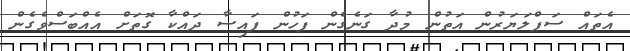
އެތައް ސަޕްލަޔަރުން އަތުން މުދާ ގަނެގެން ފަހުން ފައިސާ ދައްކާ ގޮތަށް އެއްބަސްވެގެން